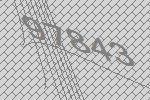
97843